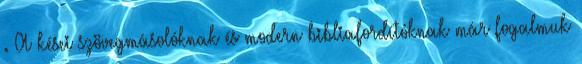
. A kései szövegmásolóknak és modern bibliafordítóknak már fogalmuk